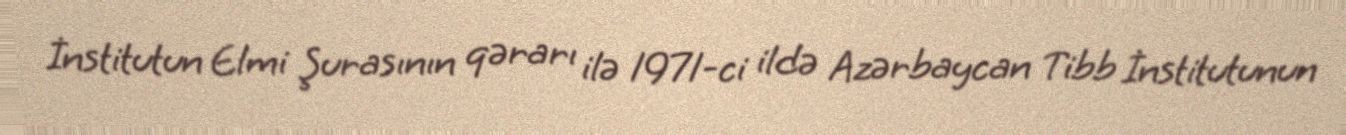
İnstitutun Elmi Şurasının qərarı ilə 1971-ci ildə Azərbaycan Tibb İnstitutunun